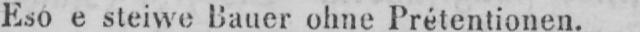
Eso e steiwe Bauer ohne Prétentionen.